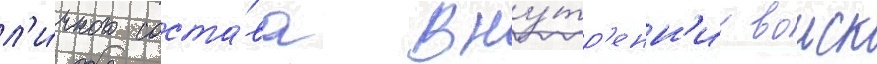
л'и́чного соста́ва вну́тр'енн'их воиск